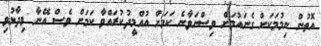
އޮތުން ނިމުމަކަށް ގެނައުމަށް ވިސްނަވާނެ ކަމަށް އުއްމީދުކުރައްވާ ކަމަށް ވެސް އޭނާ ވިދާޅުވި